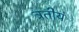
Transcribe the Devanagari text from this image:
त्रतीयं